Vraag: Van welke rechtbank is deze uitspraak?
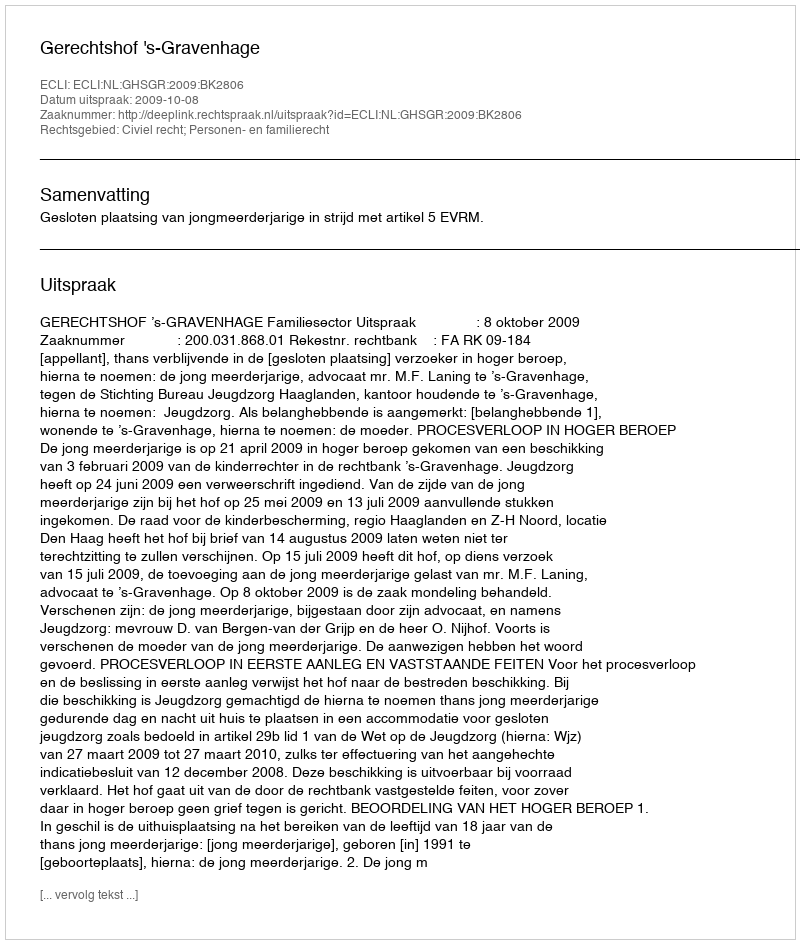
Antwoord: Gerechtshof 's-Gravenhage